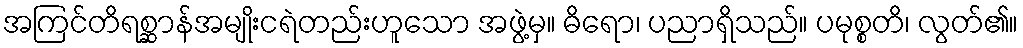
အကြင်တိရစ္ဆာန်အမျိုးငရဲတည်းဟူသော အဖွဲ့မှ။ ဓိရော၊ ပညာရှိသည်။ ပမုစ္စတိ၊ လွတ်၏။